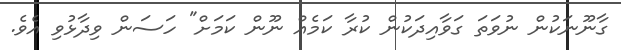
ގާނޫނަކުން ނުވަތަ ގަވާއިދަކުން ކުރާ ކަމެއް ނޫން ކަމަށް" ހަސަން ވިދާޅުވި އެވެ.